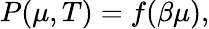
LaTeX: P(\mu,T)=f(\beta\mu),